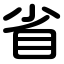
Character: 省